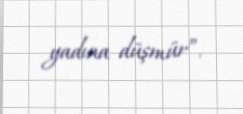
yadına düşmür”.